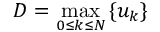
D = \operatorname* { m a x } _ { 0 \le k \le N } { \{ u _ { k } \} }